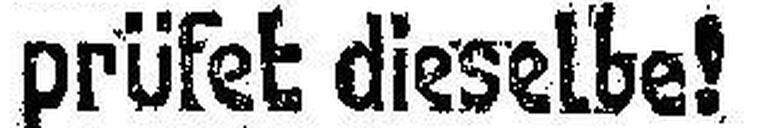
prüfet dieselbe!